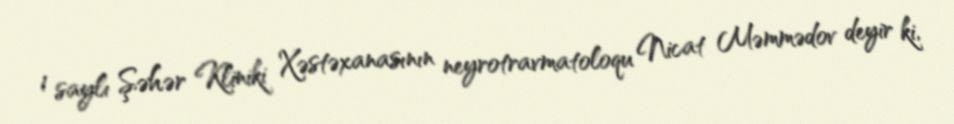
1 saylı Şəhər Kliniki Xəstəxanasının neyrotravmatoloqu Nicat Məmmədov deyir ki,